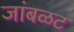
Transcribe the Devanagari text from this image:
जांबळट